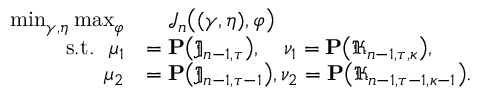
\begin{array} { r l } { \operatorname* { m i n } _ { \gamma , \eta } \operatorname* { m a x } _ { \varphi } } & { \quad \mathcal { J } _ { n } \big ( ( \gamma , \eta ) , \varphi \big ) } \\ { \mathrm { ~ ~ s . t . ~ ~ } \mu _ { 1 } } & { = \mathbf { P } \big ( \mathfrak { J } _ { n - 1 , \tau } \big ) , ~ ~ ~ \nu _ { 1 } = \mathbf { P } \big ( \mathfrak { K } _ { n - 1 , \tau , \kappa } \big ) , } \\ { \mu _ { 2 } } & { = \mathbf { P } \big ( \mathfrak { J } _ { n - 1 , \tau - 1 } \big ) , \nu _ { 2 } = \mathbf { P } \big ( \mathfrak { K } _ { n - 1 , \tau - 1 , \kappa - 1 } \big ) . } \end{array}